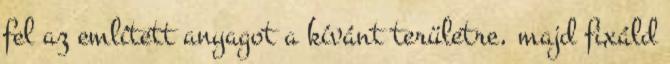
fel az említett anyagot a kívánt területre, majd fixáld